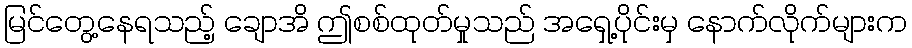
မြင်တွေ့နေရသည့် ချောအိ ဤစစ်ထုတ်မှုသည် အရှေ့ပိုင်းမှ နောက်လိုက်များက